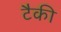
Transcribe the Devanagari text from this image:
टैकी